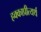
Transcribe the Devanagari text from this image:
हक्काप्रीत्यर्थ